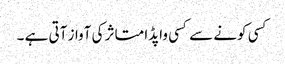
کسی کونے سے کسی واپڈا متاثر کی آواز آتی ہے ۔